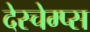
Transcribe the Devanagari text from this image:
देस्चेम्प्स